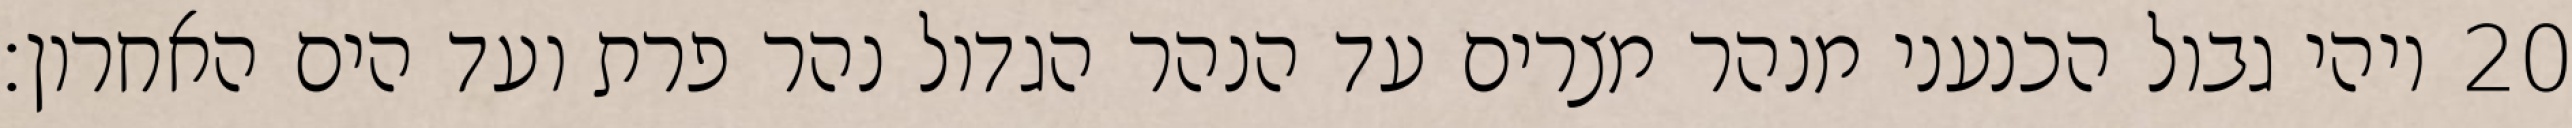
ויהי גבול הכנעני מנהר מצרים עד הנהר הגדול נהר פרת ועד הים האחרון׃ ‎20‏